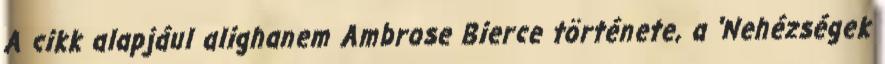
A cikk alapjául alighanem Ambrose Bierce története, a 'Nehézségek